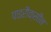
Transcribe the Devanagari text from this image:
पाइरौक्सीन